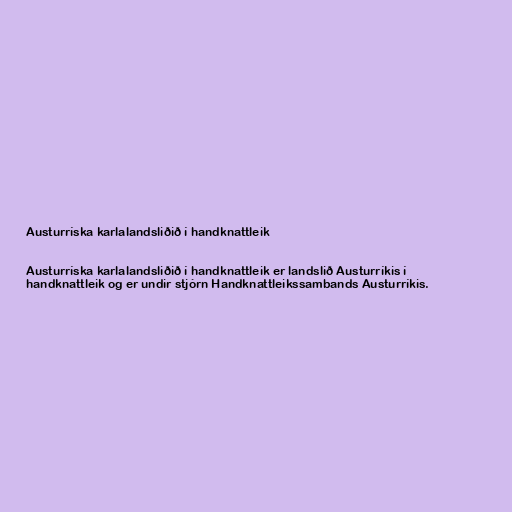
Austurríska karlalandsliðið í handknattleik

Austurríska karlalandsliðið í handknattleik er landslið Austurríkis í
handknattleik og er undir stjórn Handknattleikssambands Austurríkis.